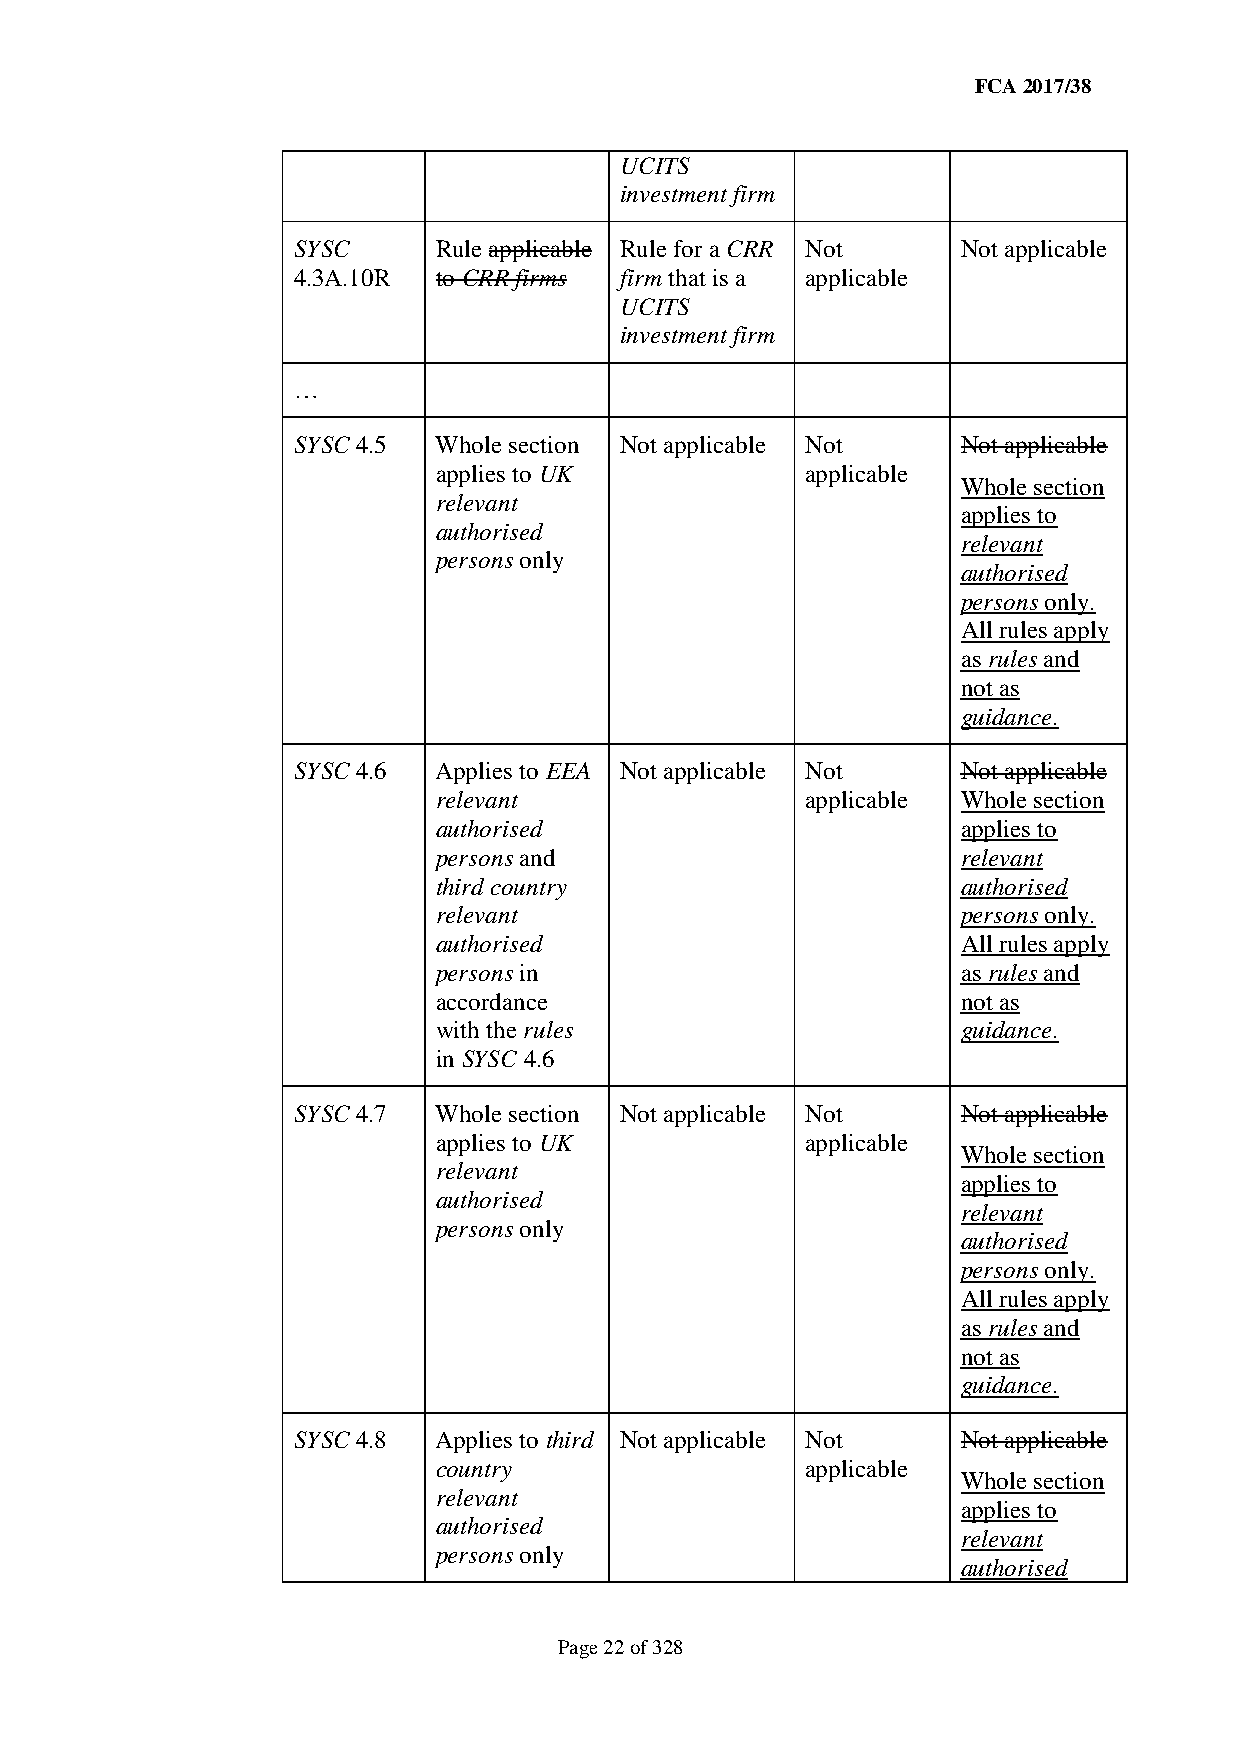
FCA 2017/38
 UCITS
 investment firm
 SYSC      Rule applicable Rule for a CRR Not Not applicable
 4.3A.10R  to CRR firms firm that is a applicable
 UCITS
 investment firm
 …
 SYSC 4.5  Whole section Not applicable Not   Not applicable
 applies to UK           applicable
 Whole section
 relevant
 applies to
 authorised
 relevant
 persons only
 authorised
 persons only.
 All rules apply
 as rules and
 not as
 guidance.
 SYSC 4.6  Applies to EEA Not applicable Not  Not applicable
 relevant                applicable Whole section
 authorised                         applies to
 persons and                        relevant
 third country                      authorised
 relevant                           persons only.
 authorised                         All rules apply
 persons in                         as rules and
 accordance                         not as
 with the rules                     guidance.
 in SYSC 4.6
 SYSC 4.7  Whole section Not applicable Not   Not applicable
 applies to UK           applicable
 Whole section
 relevant
 applies to
 authorised
 relevant
 persons only
 authorised
 persons only.
 All rules apply
 as rules and
 not as
 guidance.
 SYSC 4.8  Applies to third Not applicable Not Not applicable
 country                 applicable
 Whole section
 relevant
 applies to
 authorised
 relevant
 persons only
 authorised
 Page 22 of 328